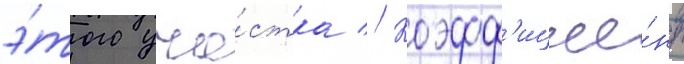
э́того уча́стка // Коэфф'ицие́нт